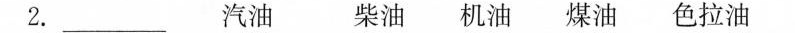
2.___ 汽油 柴油 机油 煤油 色拉油